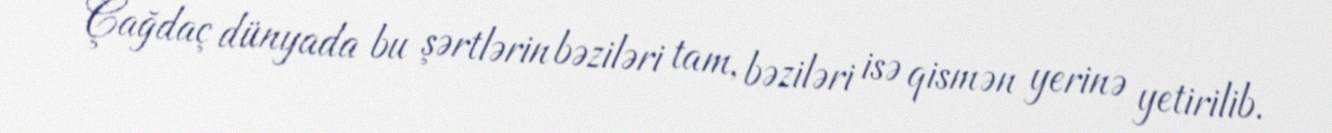
Çağdaç dünyada bu şərtlərin bəziləri tam, bəziləri isə qismən yerinə yetirilib.